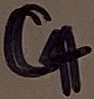
Text: C4